Ridala_vallavalitsus, lk 15
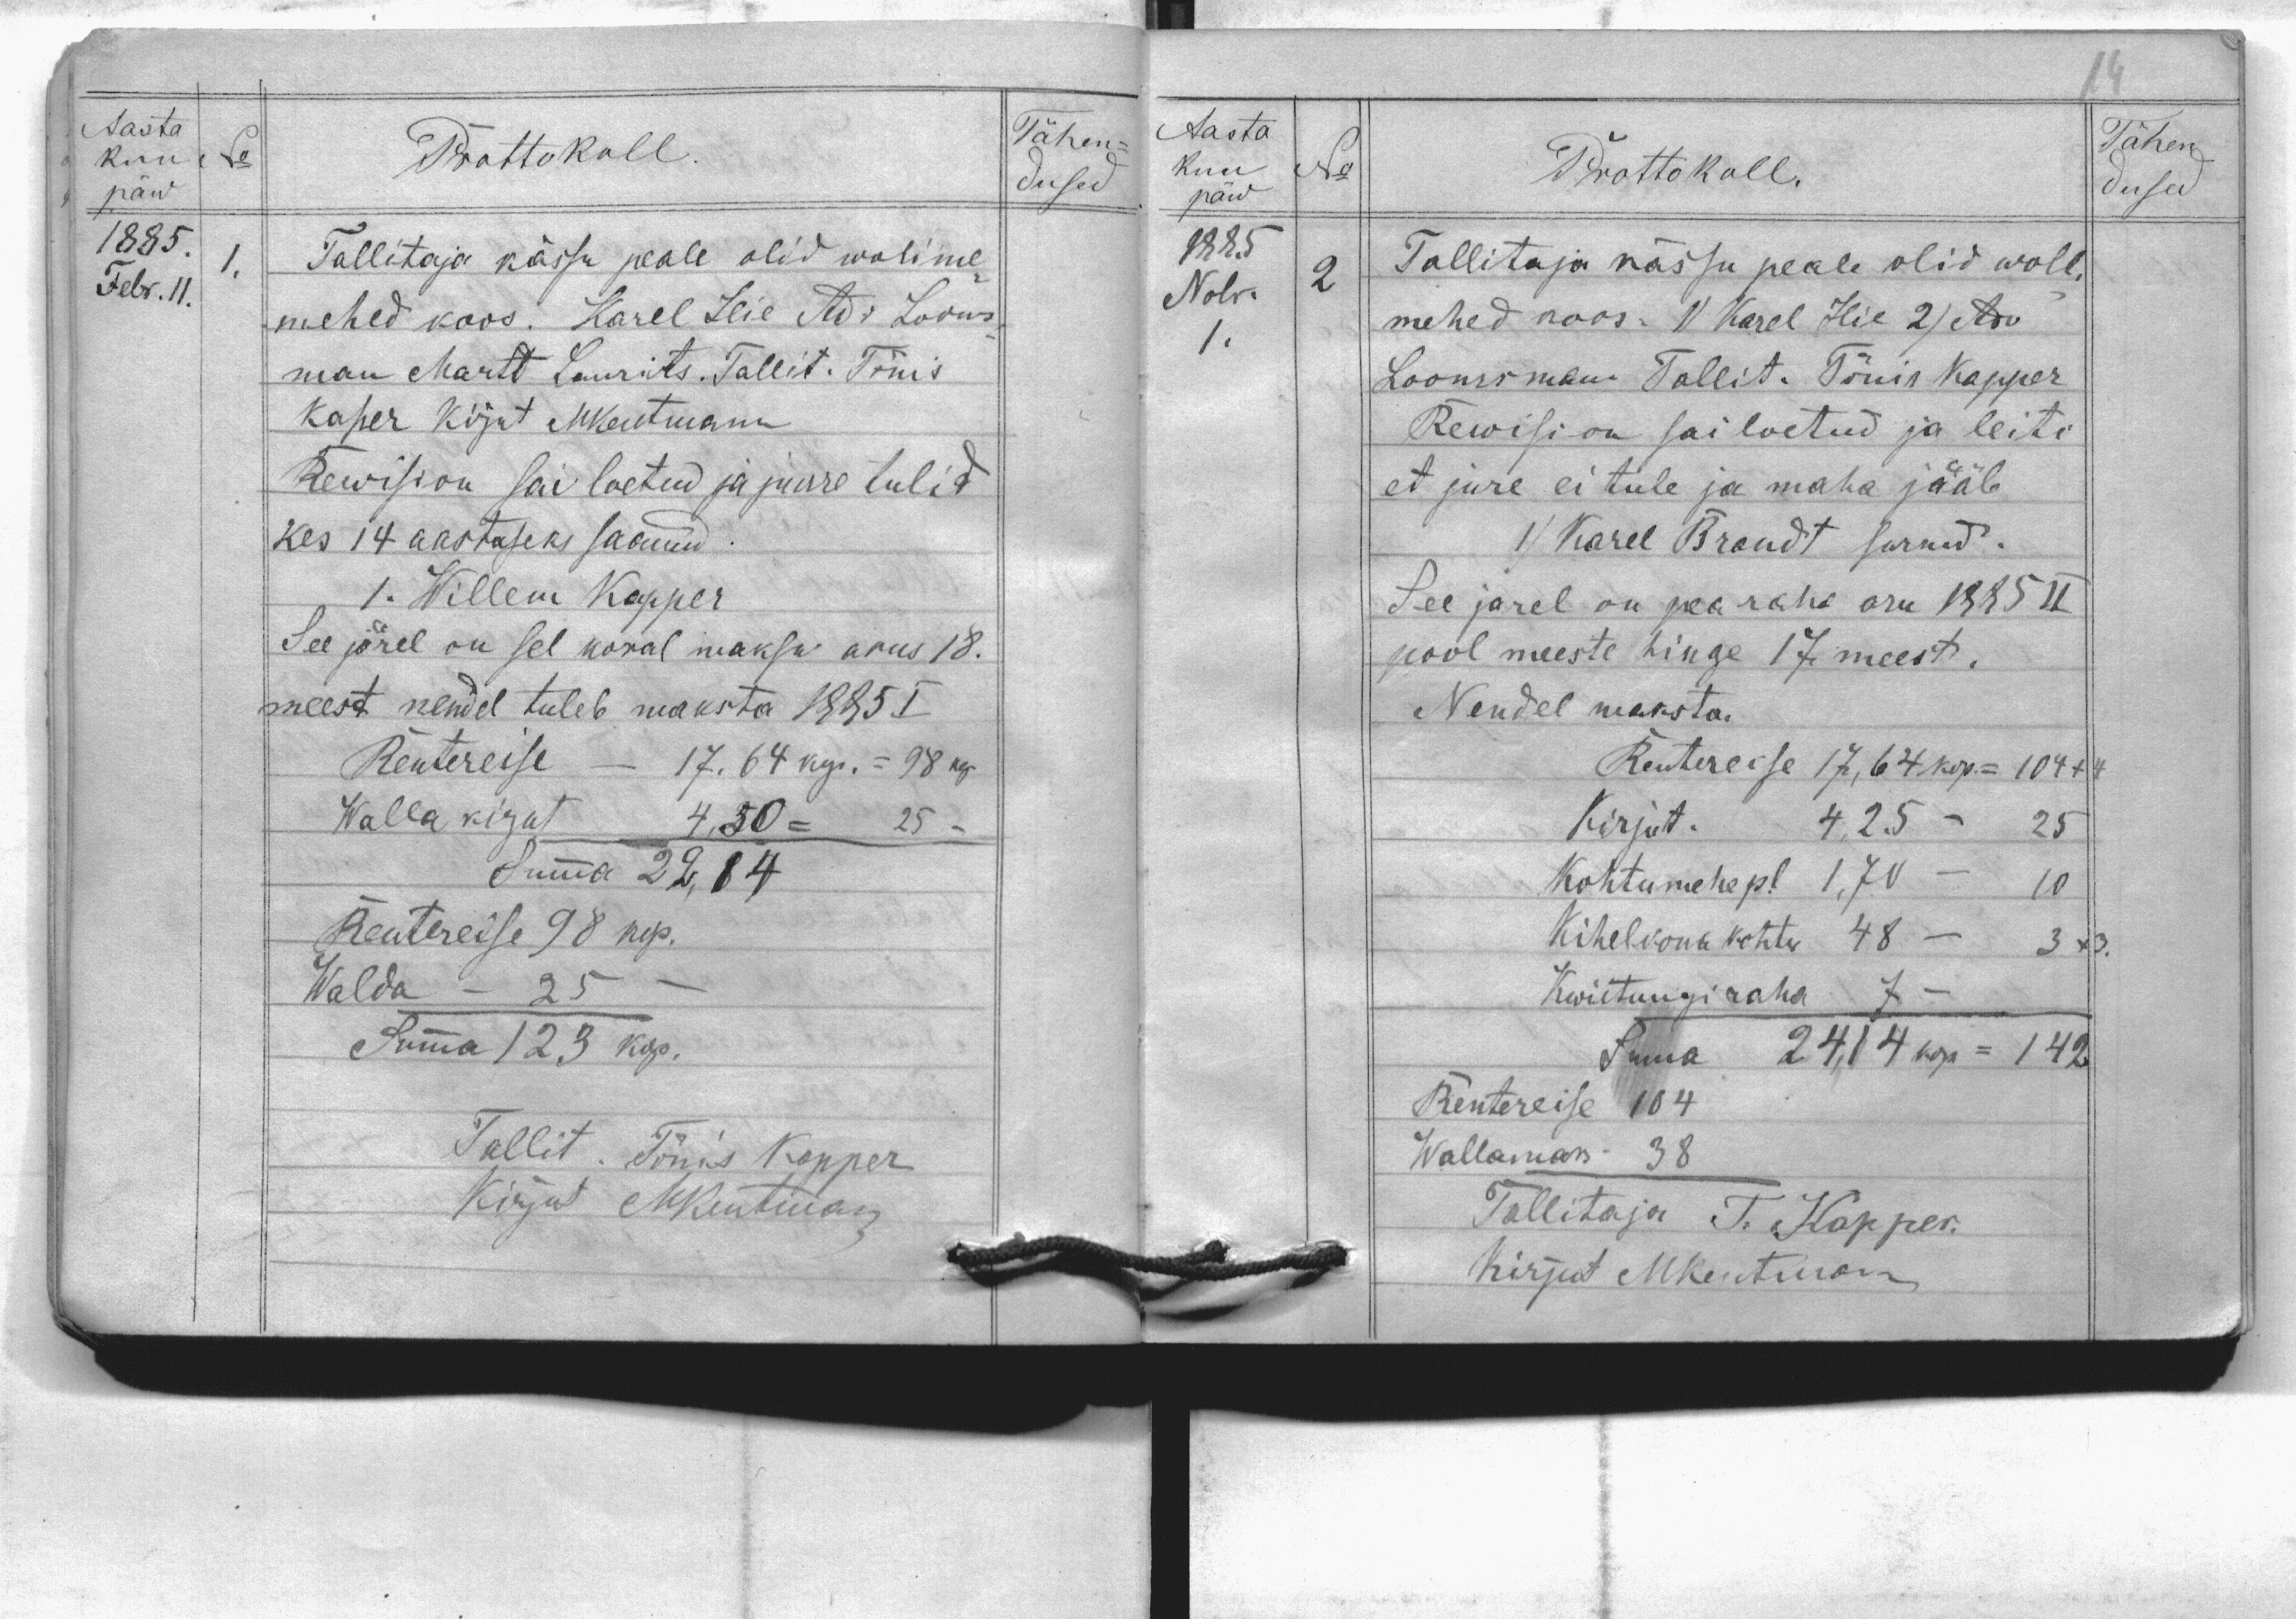
Aasta
kuu
No
päw
1885.
Febr. 11.
Prottokoll
1. Tallitaja kässu peale olid wolime-
mehed koos. Karel Hie Adi Looms-
man Martt Laurits. Tallit. Tõnis
Kaper kirjut MKentmann
Rewision sai loetud ja juure tulid
kes 14 aastaseks saanud.
1. Willem Kapper
See järek on sel koral maksu arus 18.
meest nendel tuleb maksta 1885 I
Rentereise - 17,64 kop. = 98 kop
Walla kirjut 4,50 = 25
Summa 22,14
Rentereise 98 kop.
Walda - 25
Summa 123 kop
Tallit. Tõnis Kapper
Kirjut M Kentman
Tähen-
dused

Aasta
kuu
päw
1885
Nobr.
1.
No
Prottokoll
Tallitaja kässu peale olid woll-
mehed koos: 1)Karel Hie 2) Ado
Loomsman. Tallit. Tõnis Kapper
Rewision sai loetud ja leiti
et jure ei tule ja maha jääb
1) Karel Brandt surnud.
See järel on pearaha aru 1885 II
pool meeste hinge 17 meest.
Nendel maksta.
Rentereise 17,64 kop = 104 + 4
Kirjut. 3,25 - 25
Kohtumehe pl 1,70 - 10
Kihelkonnakohtu 48 - 3x3
Kwiitungiraha 7
Suma 24,14 kop = 142
Rentereise 104
Wallamaks 38
Tallitaja T. Kapper.
Kirjut MKentman
Tähen
dused
2